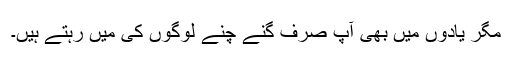
مگر یادوں میں بھی آپ صرف گنے چنے لوگوں کی میں رہتے ہیں۔